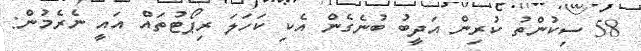
58 ސިކުންތު ކުރިން އަދީބު ބުނެގެން އެކި ކަހަލަ ރިޕޯޓުތައް އައީ ނެރެމުން: